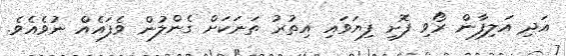
އަދި އަލިފާން ރޯވި ފޮށި ފިޔަވައި އިތުރު ތަނަކަށް ގެންލުން ވެފައެއް ނުވެއެވެ.